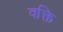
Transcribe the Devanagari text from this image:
वक्ति